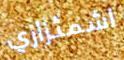
اشمئزازي